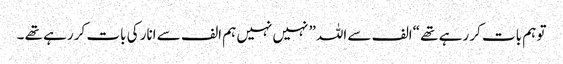
تو ہم بات کر رہے تھے “الف سے اللہ” نہیں نہیں ہم الف سے انار کی بات کر رہے تھے ۔